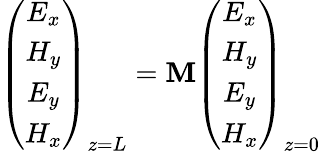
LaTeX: \left(\begin{array}{c}{E_{x}}\\ {H_{y}}\\ {E_{y}}\\ {H_{x}}\end{array}\right)_{z=L}=\mathbf M\left(\begin{array}{c}{E_{x}}\\ {H_{y}}\\ {E_{y}}\\ {H_{x}}\end{array}\right)_{z=0}